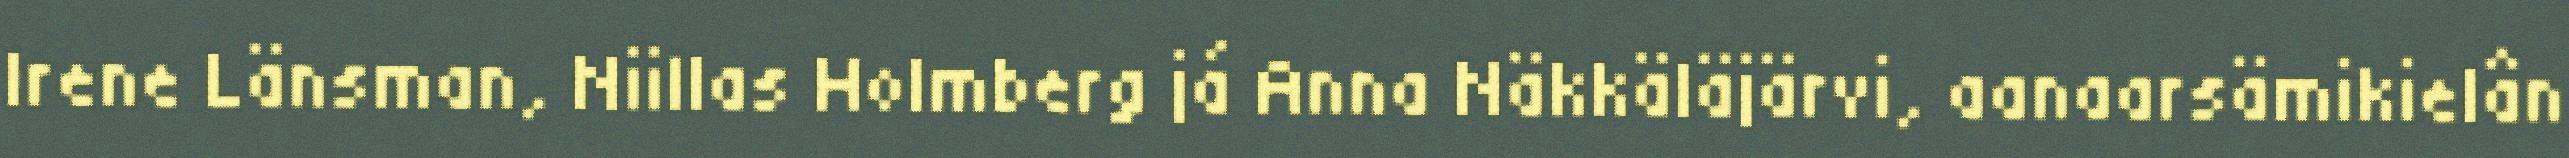
Irene Länsman, Niillas Holmberg já Anna Näkkäläjärvi, aanaarsämikielân